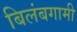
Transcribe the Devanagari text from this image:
बिलंबगामी